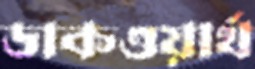
ডাকওয়ার্থ